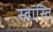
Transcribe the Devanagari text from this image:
स्‍वास्‍ति